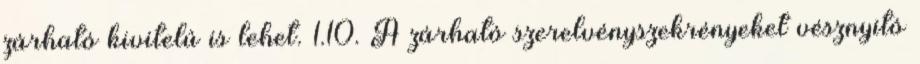
zárható kivitelû is lehet. 1.10. A zárható szerelvényszekrényeket vésznyitó